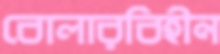
বোলারবিহীন